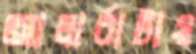
আলার্বাটায়